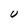
Character: U